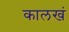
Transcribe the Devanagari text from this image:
कालखं